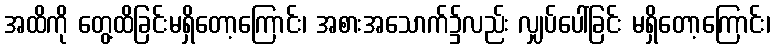
အထိကို တွေ့ထိခြင်းမရှိတော့ကြောင်း၊ အစားအသောက်၌လည်း လျှပ်ပေါ်ခြင်း မရှိတော့ကြောင်း၊